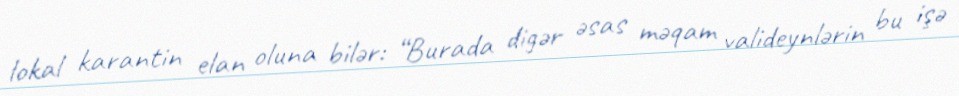
lokal karantin elan oluna bilər: “Burada digər əsas məqam valideynlərin bu işə